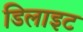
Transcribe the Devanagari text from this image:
डिलाइट